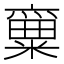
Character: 𱹡